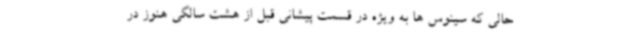
حالی که سینوس ها به ویژه در قسمت پیشانی قبل از هشت سالگی هنوز در